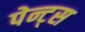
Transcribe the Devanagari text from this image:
पेन्ट्‌स